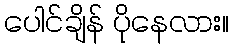
ပေါင်ချိန် ပိုနေလား။